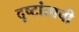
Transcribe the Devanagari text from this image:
दृष्टांताची